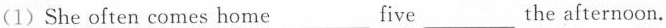
(1)She often comes home___five___the afternoon.